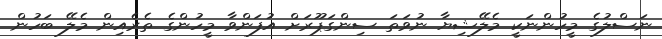
ނަސްލުގެ މީހުންނަކީ މެލޭޝިޔާ ނުވަތަ ސިންގަޕޫރަށް އުފަންވާ މީހުންގެ ތެރެއިން މެލޭ ބަހުން